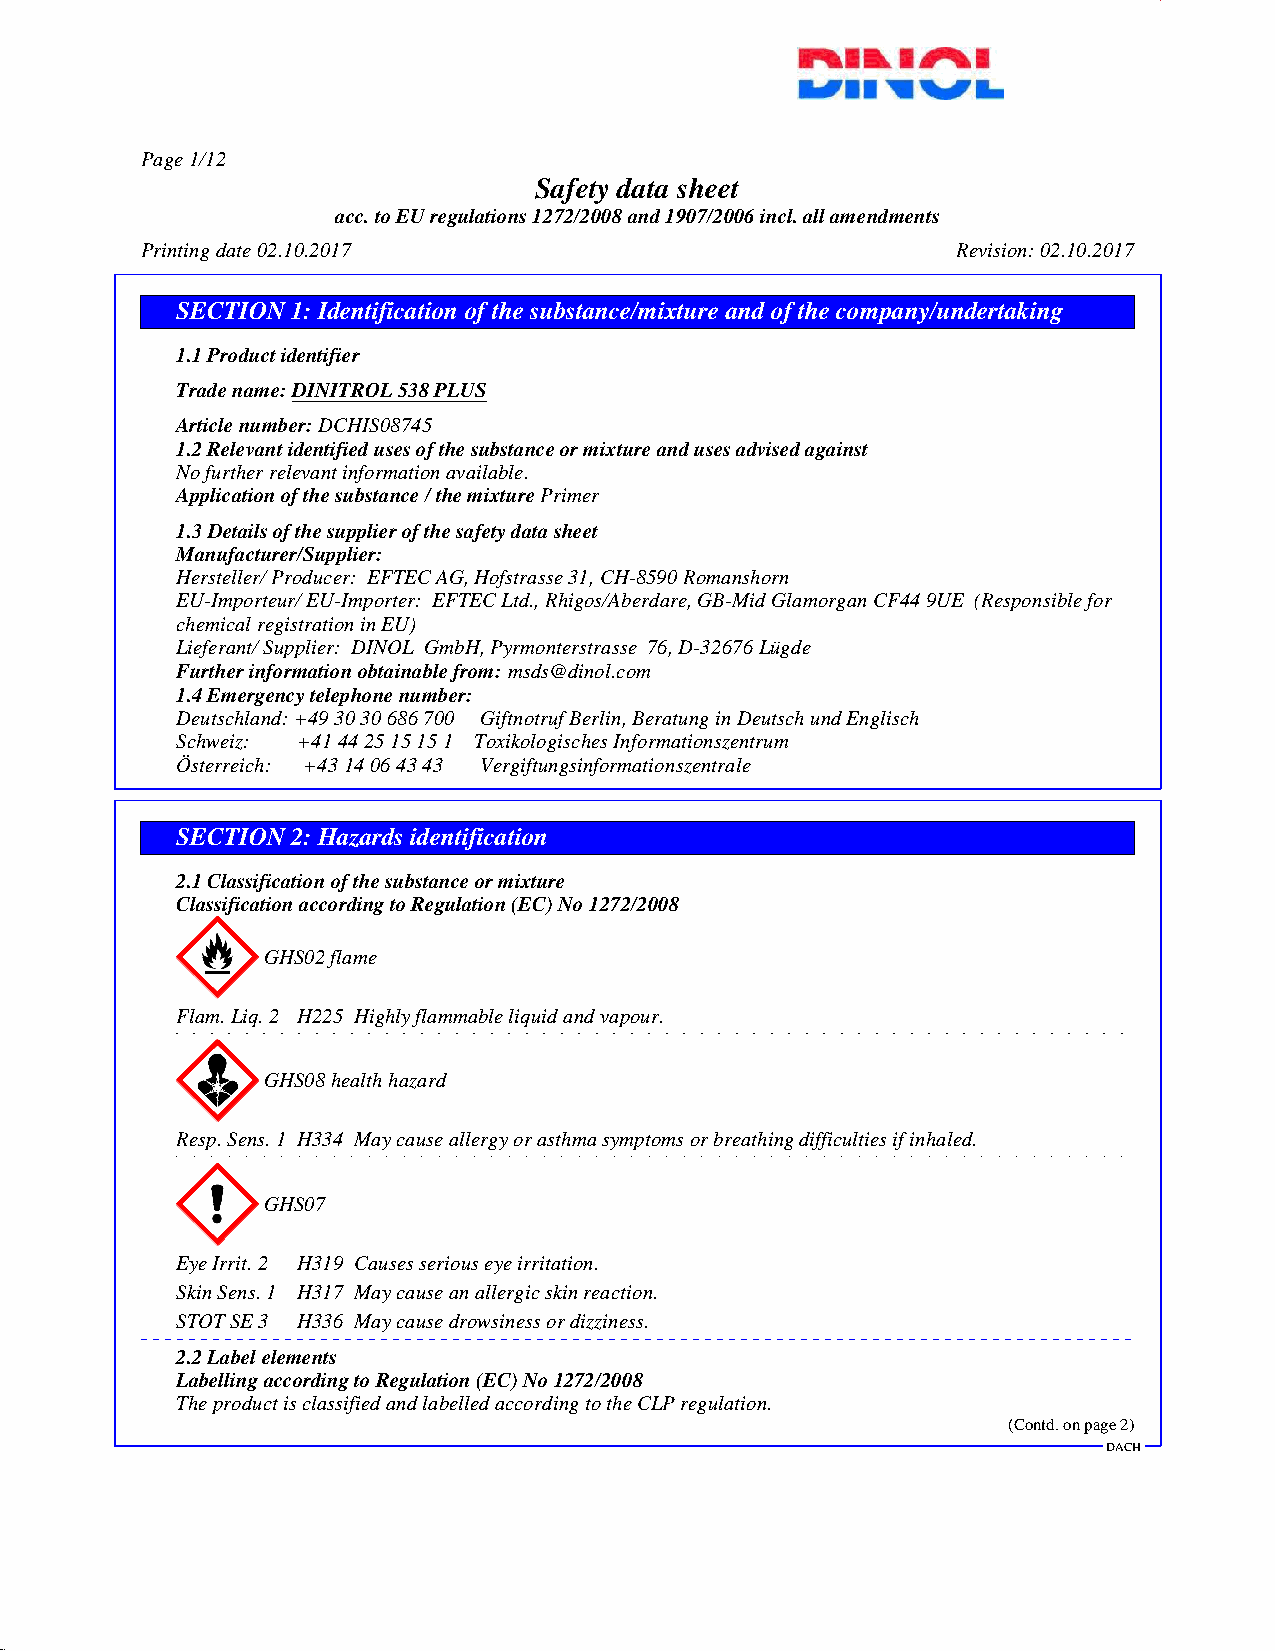
Page 1/12
 Safety data sheet
 acc. to EU regulations 1272/2008 and 1907/2006 incl. all amendments
 Printing date 02.10.2017                              Revision: 02.10.2017
 SECTION 1: Identification of the substance/mixture and of the company/undertaking
 1.1 Product identifier
 Trade name:DINITROL 538 PLUS
 Article number:DCHIS08745
 1.2 Relevant identified uses of the substance or mixture and uses advised against
 No further relevant information available.
 Application of the substance / the mixturePrimer
 1.3 Details of the supplier of the safety data sheet
 Manufacturer/Supplier:
 Hersteller/ Producer: EFTEC AG, Hofstrasse 31, CH-8590 Romanshorn
 EU-Importeur/ EU-Importer: EFTEC Ltd., Rhigos/Aberdare, GB-Mid Glamorgan CF44 9UE (Responsible for
 chemical registration in EU)
 Lieferant/ Supplier: DINOL GmbH, Pyrmonterstrasse 76, D-32676 Lügde
 Further information obtainable from:msds@dinol.com
 1.4 Emergency telephone number:
 Deutschland: +49 30 30 686 700 Giftnotruf Berlin, Beratung in Deutsch und Englisch
 Schweiz: +41 44 25 15 15 1 Toxikologisches Informationszentrum
 Österreich: +43 14 06 43 43 Vergiftungsinformationszentrale
 SECTION 2: Hazards identification
 2.1 Classification of the substance or mixture
 Classification according to Regulation (EC) No 1272/2008
 GHS02 flame
 Flam. Liq. 2 H225 Highly flammable liquid and vapour.
 GHS08 health hazard
 Resp. Sens. 1 H334 May cause allergy or asthma symptoms or breathing difficulties if inhaled.
 GHS07
 Eye Irrit. 2 H319 Causes serious eye irritation.
 Skin Sens. 1 H317 May cause an allergic skin reaction.
 STOT SE 3 H336 May cause drowsiness or dizziness.
 2.2 Label elements
 Labelling according to Regulation (EC) No 1272/2008
 The product is classified and labelled according to the CLP regulation.
 (Contd. on page 2)
 DACH
 45.2.5